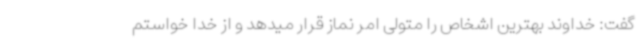
گفت: خداوند بهترین اشخاص را متولی امر نماز قرار میدهد و از خدا خواستم